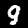
Label: 9